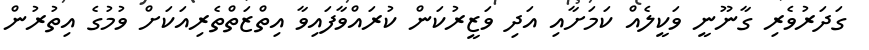
ގަދަރުވެރި ގާނޫނީ ވަކީލެއް ކަމަށާއި އަދި ވަޒީރުކަން ކުރައްވާފައިވާ އިތްޒަތްތެރިއަކަށް ވުމުގެ އިތުރުން